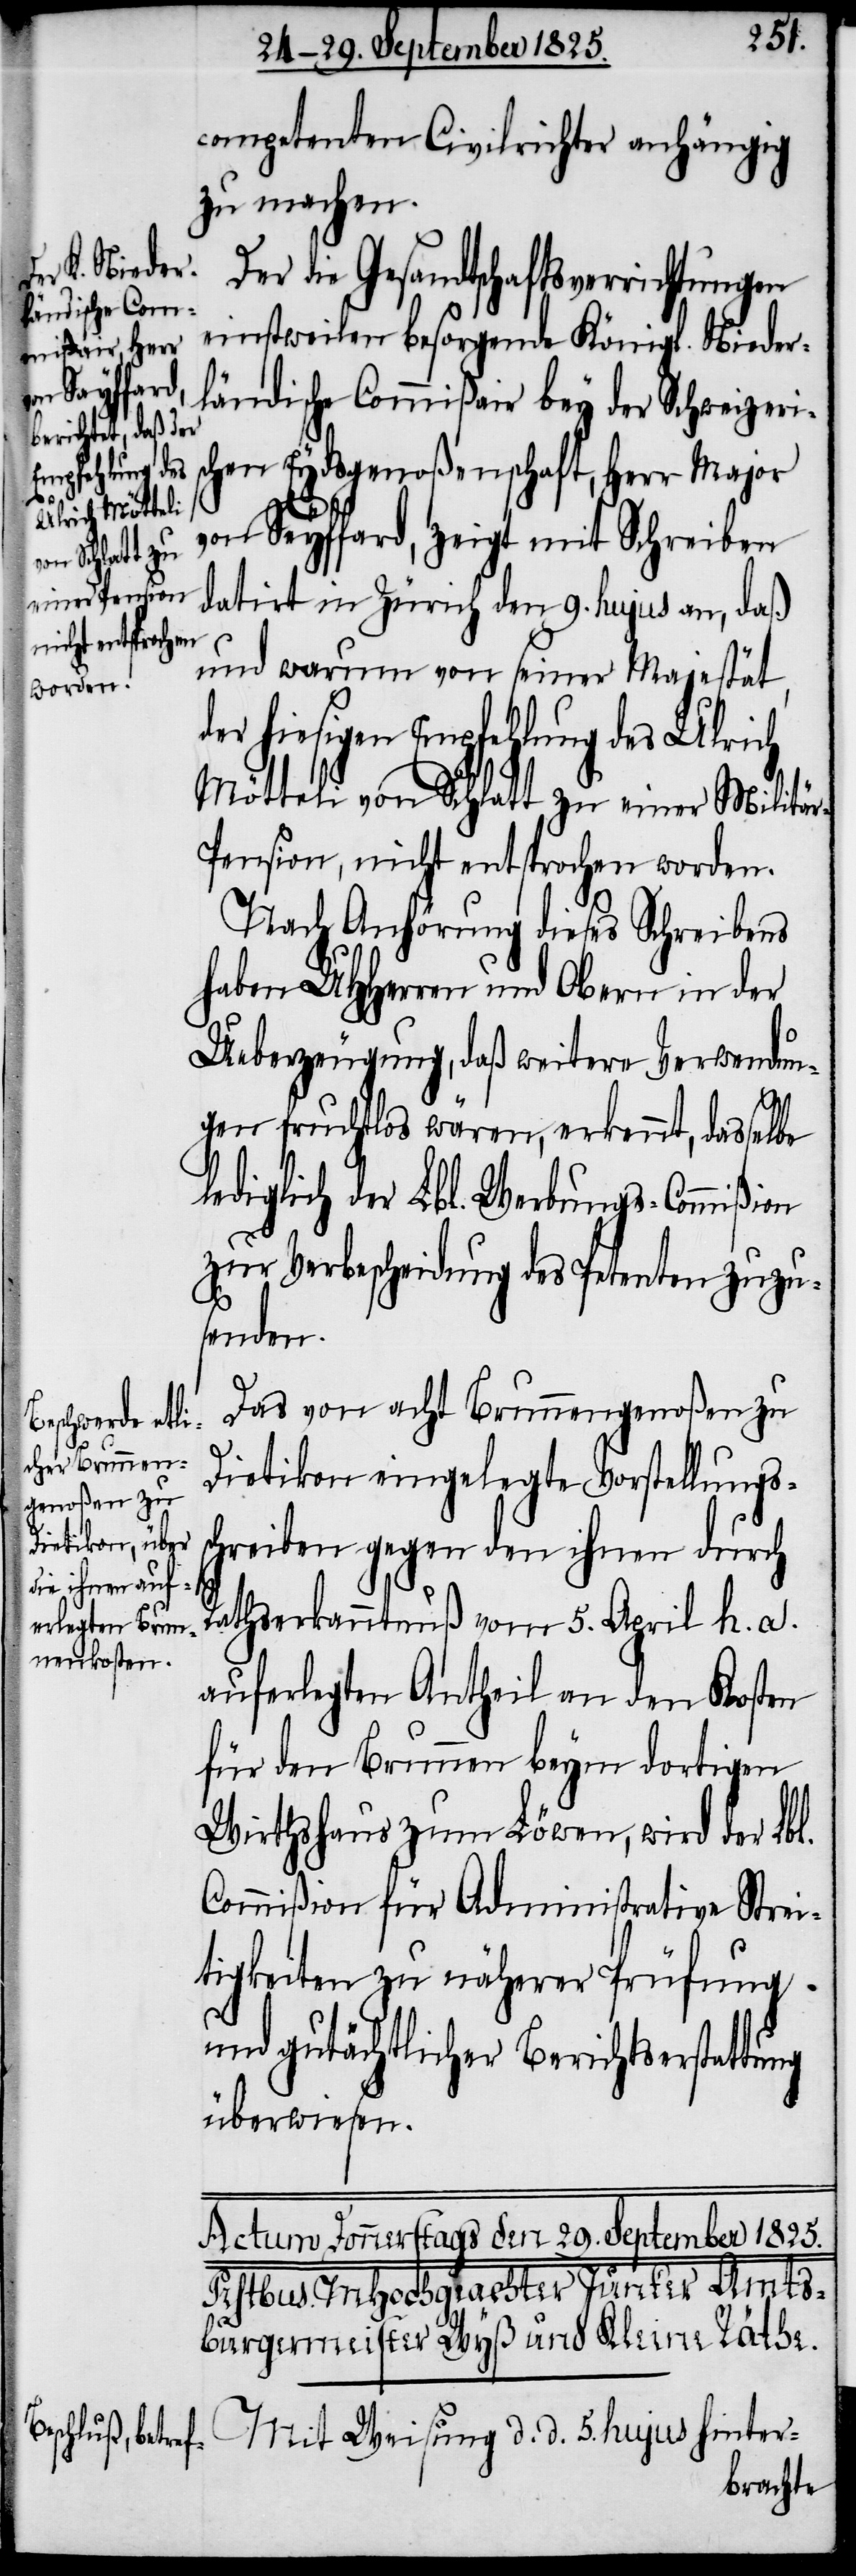
competenten Civilrichter anhängig
zu machen.
Der die Gesandtschaftsverrichtungen
einstweilen besorgende Königl. Nieder¬
ländische Commißair bey der Schweizeri¬
schen Eydsgenoßenschaft, Herr Major
von Seyffard, zeigt mit Schreiben
datirt in Zürich den 9. hujus an, daß
und warum von seiner Majestät,
er hiesigen Empfehlung des Ulrich
Mötteli von Schlatt zu einer Militä¬
r-Pension, nicht entsprochen worden.
Nach Anhörung dieses Schreibens
haben UHHerren und Obern in der
Ueberzeugung, daß weitere Verwendun¬
d¬
gen fruchtlos wären, erkennt, dasselbe
lediglich der Lbl. Werbungs-Commißion
zur Verbescheidung des Petenten zuzu¬
senden.
Das von acht Brunnengenoßen zu
Dietikon eingelegte Vorstellungs¬
schreiben gegen den ihnen durch
Rathserkanntnuß vom 5. April h. a.
auferlegten Antheil an den Kosten
für den Brunnen beym dortigen
Wirthshaus zum Löwen, wird der Lbl.
Commißion für Administrative Strei¬
tigkeiten zu näherer Prüfung
und gutächtlicher Berichtserstattung
überwiesen.
Mit Weisung d. d. 5. hujus hinter-